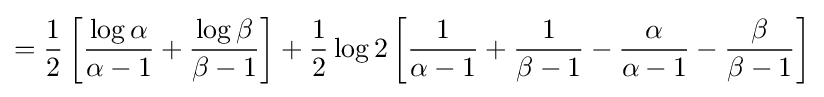
={\frac {1}{2}}\left[{\frac {\log \alpha }{\alpha -1}}+{\frac {\log \beta }{\beta -1}}\right]+{\frac {1}{2}}\log 2\left[{\frac {1}{\alpha -1}}+{\frac {1}{\beta -1}}-{\frac {\alpha }{\alpha -1}}-{\frac {\beta }{\beta -1}}\right]